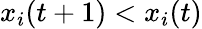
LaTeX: x_{i}(t+1)<x_{i}(t)